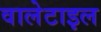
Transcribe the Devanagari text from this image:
वालेटाइल